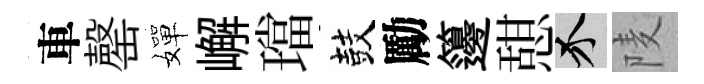
車罄嬋嶰璫鼓勵籩憇介𨹧